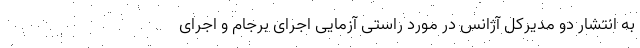
به انتشار دو مدیرکل آژانس در مورد راستی آزمایی اجرای برجام و اجرای